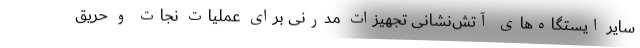
سایر ایستگاه‌های آتش‌نشانی تجهیزات مدرنی برای عملیات‌ نجات و حریق